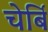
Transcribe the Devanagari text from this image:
चेर्बि